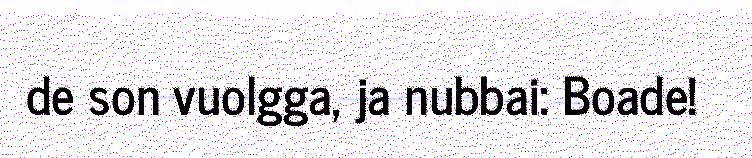
de son vuolgga, ja nubbai: Boade!